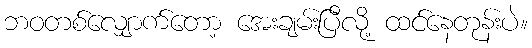
ဘဝတစ်လျှောက်တော့ အေးချမ်းပြီလို့ ထင်နေတုန်းပဲ။